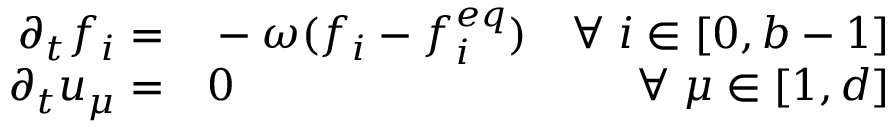
\begin{array} { r l r } { \partial _ { t } f _ { i } = } & { { } - \omega ( f _ { i } - f _ { i } ^ { e q } ) } & { \forall \; i \in [ 0 , b - 1 ] } \\ { \partial _ { t } u _ { \mu } = } & { { } 0 } & { \forall \; \mu \in [ 1 , d ] } \end{array}